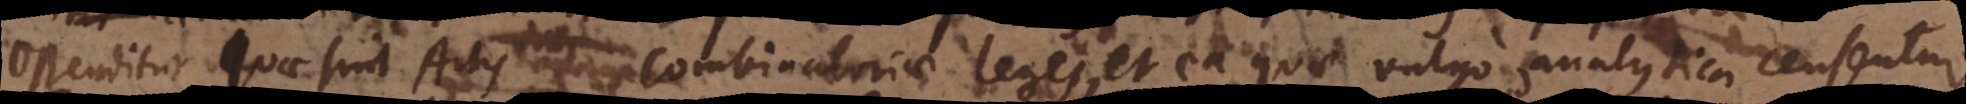
Ostenditur, quae sint Artis Combinatoriae leges, et ea quae vulgo analytica censentur,